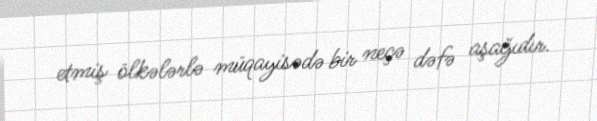
etmiş ölkələrlə müqayisədə bir neçə dəfə aşağıdır.